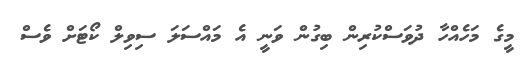
މީގެ މަހެއްހާ ދުވަސްކުރިން ބިގުން ވަނީ އެ މައްސަލަ ސިވިލް ކޯޓަށް ވެސް